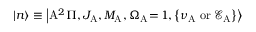
\left| n \right> \equiv \left| \mathrm { A } ^ { 2 } \Pi , J _ { \mathrm { A } } , M _ { \mathrm { A } } , \Omega _ { \mathrm { A } } \! = \! 1 , \left\{ \nu _ { \mathrm { A } } \mathrm { \; o r \; } \mathcal { E } _ { \mathrm { A } } \right\} \right>